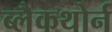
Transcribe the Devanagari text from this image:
ब्लैकथोर्न